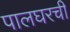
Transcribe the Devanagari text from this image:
पालघरची